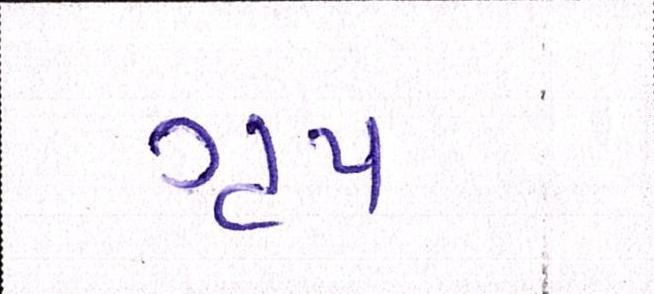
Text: ગૃપ